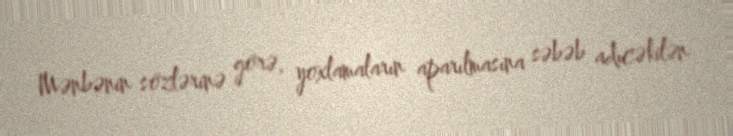
Mənbənin sözlərinə görə, yoxlamaların aparılmasına səbəb adıcəkilən